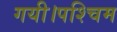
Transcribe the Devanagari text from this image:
गयी।पश्चिम